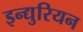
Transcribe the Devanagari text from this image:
इन्द्युरियन